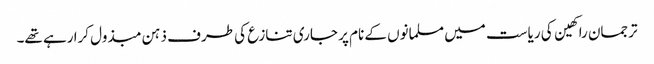
ترجمان راکھین کی ریاست میں مسلمانوں کے نام پر جاری تنازع کی طرف ذہن مبذول کرا رہے تھے۔